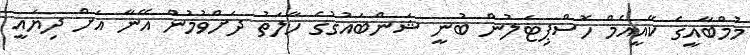
މުމްބާއީގެ ކޭއީއެމް ހޮސްޕިޓަލުން ބުނީ ޝަންބައުގުގެ ހާލަތު ދަށްވުމުން އޭނާ އަށް ދިޔައީ